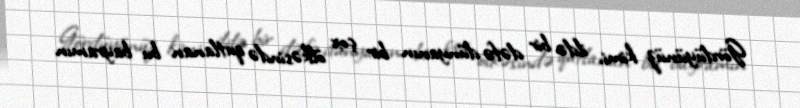
Gördüyünüz kimi, ildə bir dəfə dünyanın bir çox ölkəsində qutlanan bu bayramın